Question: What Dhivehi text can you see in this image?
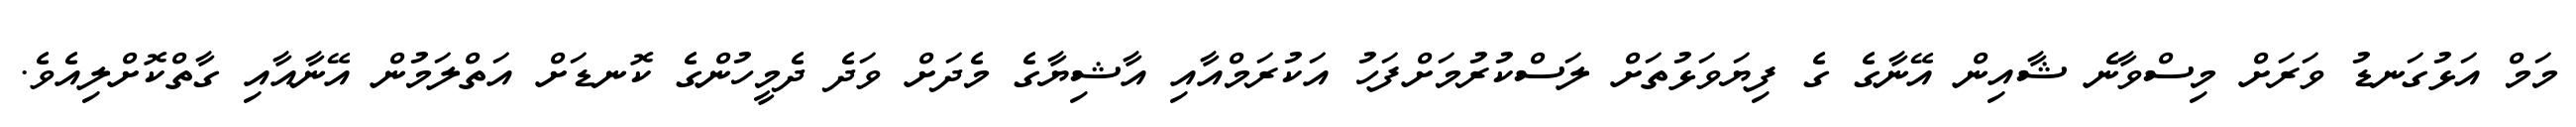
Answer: މަމް އަޅުގަނޑު ވަރަށް މިސްވާނެ ޝާއިން އޭނާގެ ގެ ފިޔަވަޅުތަށް ލަސްކުރުމަށްފަހު އަކުރަމްއާއި އާޝިޔާގެ މެދަށް ވަދެ ދެމީހުންގެ ކޮނޑަށް އަތްލަމުން އޭނާއާއި ގާތްކޮށްލިއެވެ.